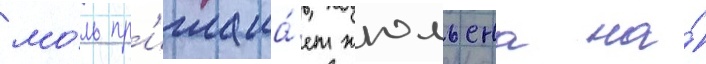
мо́ль пр'иглаша́ет жюльена на́